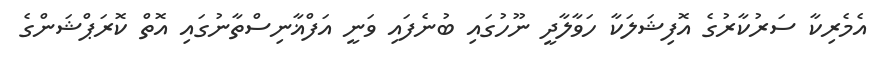
އެމެރިކާ ސަރުކާރުގެ އޮފިޝަލަކާ ހަވާލާދީ ނޫހުގައި ބުނެފައި ވަނީ އަފްޣާނިސްތާނުގައި އޮތް ކޮރަޕްޝަންގެ